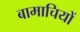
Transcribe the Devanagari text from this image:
बामाचियों